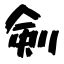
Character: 剣